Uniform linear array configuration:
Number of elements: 32
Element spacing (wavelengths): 0.25
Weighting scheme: exponential
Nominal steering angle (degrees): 60
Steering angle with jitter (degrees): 59.16
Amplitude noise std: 0.05
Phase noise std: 0.05

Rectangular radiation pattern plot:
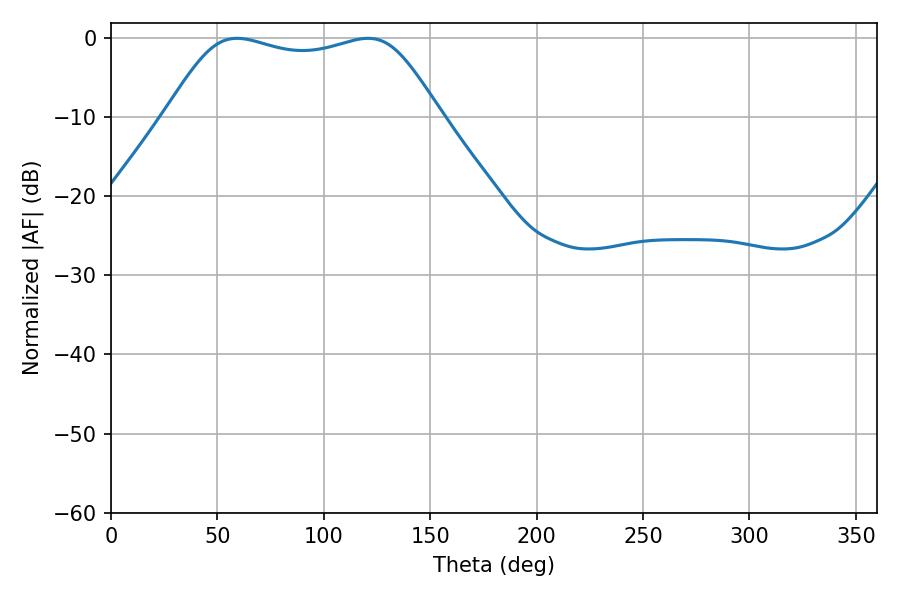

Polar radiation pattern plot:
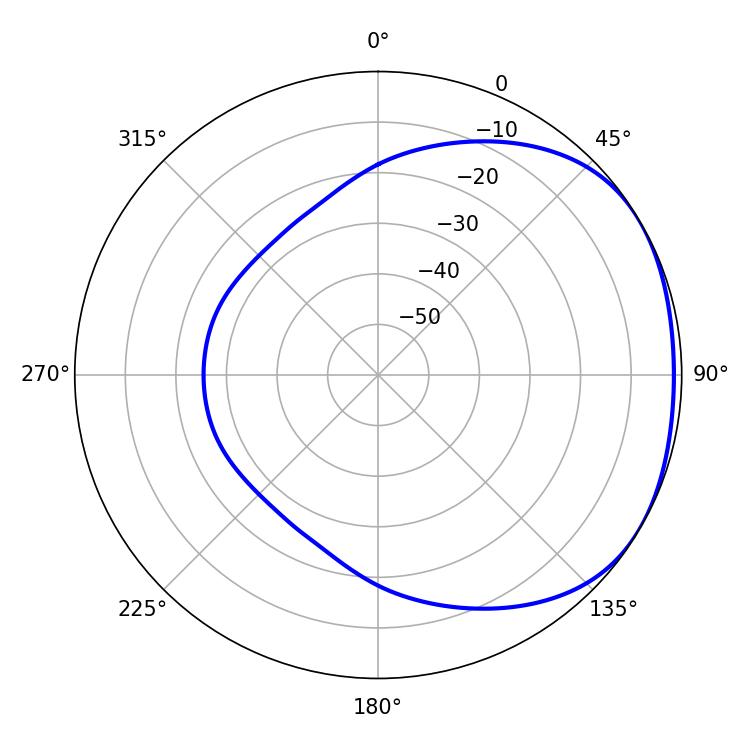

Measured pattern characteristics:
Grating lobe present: FALSE
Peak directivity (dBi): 1.721
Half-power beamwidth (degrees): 98.28
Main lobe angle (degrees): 59.22